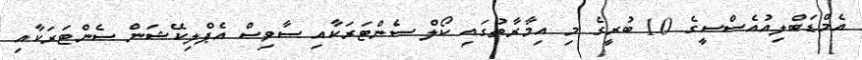
އެމްޑަބްލިއުއެސްސީގެ 10 ބުރީގެ މި އިމާރާތުގައި ކޯލް ސެންޓަރަކާއި ސާވިސް އެޕްލިކޭޝަން ސެންޓަރަކާއި